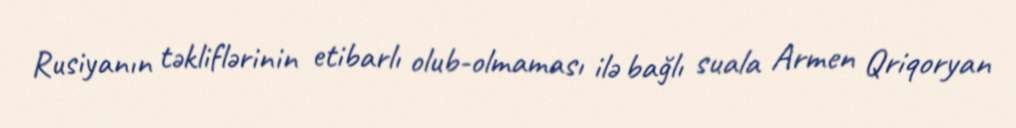
Rusiyanın təkliflərinin etibarlı olub-olmaması ilə bağlı suala Armen Qriqoryan